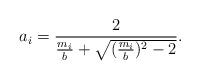
LaTeX: \begin{align*}a_i=\frac{2}{\frac{m_i}{b}+\sqrt{(\frac{m_i}{b})^2-2}}. \end{align*}